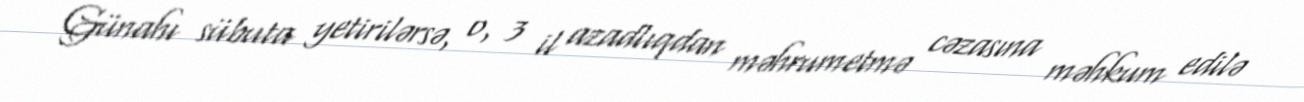
Günahı sübuta yetirilərsə, o, 3 il azadlıqdan məhrumetmə cəzasına məhkum edilə